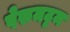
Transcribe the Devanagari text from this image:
पेरुमट्टम